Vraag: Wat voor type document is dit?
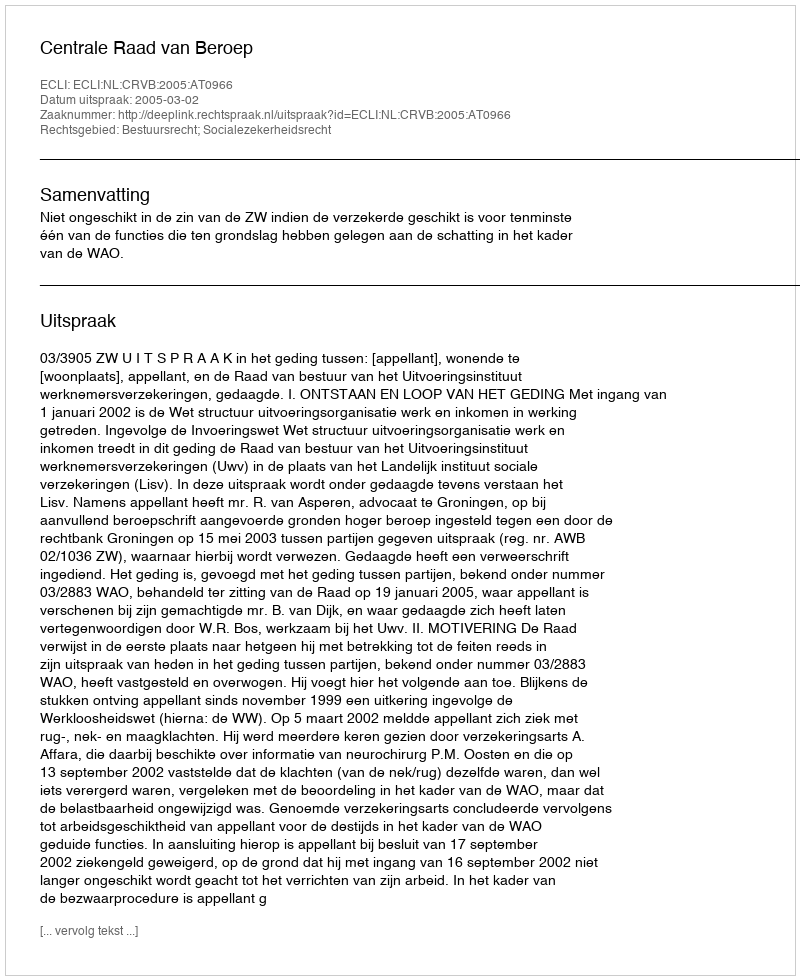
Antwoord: Uitspraak